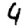
Digit: 4